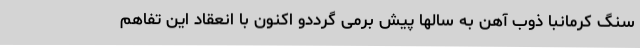
سنگ کرمانبا ذوب آهن به سالها پیش برمی گرددو اکنون با انعقاد این تفاهم